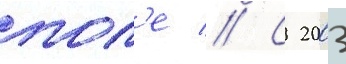
пол'е // С 2003